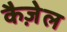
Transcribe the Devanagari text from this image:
कैज़ेल